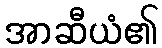
အာဆီယံ၏